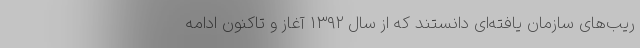
ریب‌های سازمان یافته‌ای دانستند که از سال ۱۳۹۲ آغاز و تاکنون ادامه